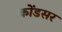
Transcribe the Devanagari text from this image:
कोंडसर